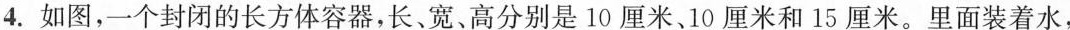
4.如图，一个封闭的长方体容器，长、宽、高分别是10厘米、10厘米和15厘米。里面装着水，